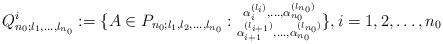
LaTeX: \begin{align*}Q^i_{n_0;l_1,\ldots,l_{n_0}}:=\{A\in P_{n_0;l_1,l_2,\ldots,l_{n_0}}:\substack{ \alpha^{(l_i)}_i,\ldots,\alpha^{(l_{n_0})}_{n_0}\\ \alpha^{(l_{i+1})}_{i+1},\ldots,\alpha^{(l_{n_0})}_{n_0}}\}, i=1,2,\ldots, n_0\end{align*}